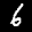
Label: 6